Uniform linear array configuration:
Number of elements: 64
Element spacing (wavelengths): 0.75
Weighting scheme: cosine
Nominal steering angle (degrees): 0
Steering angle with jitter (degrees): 0.05838
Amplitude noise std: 0.05
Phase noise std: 0.05

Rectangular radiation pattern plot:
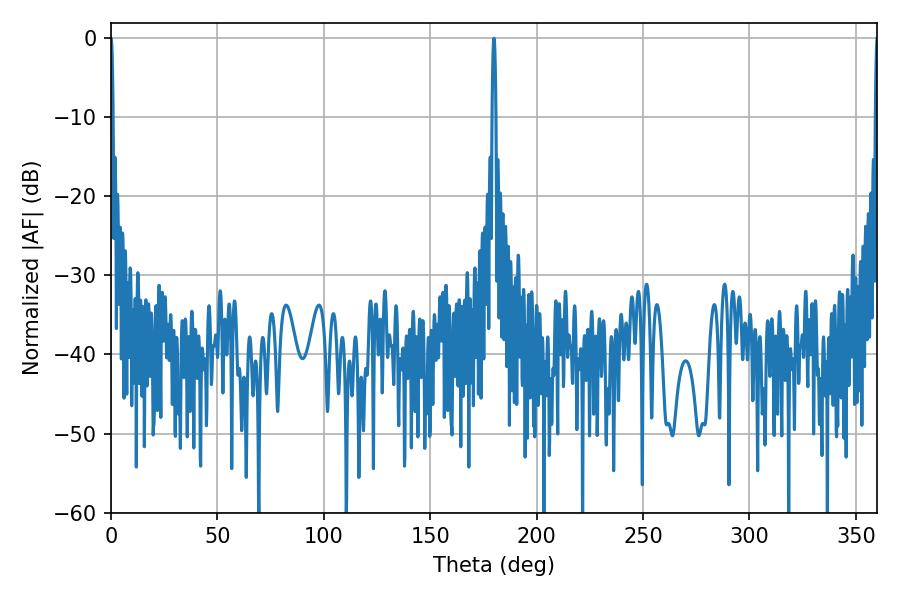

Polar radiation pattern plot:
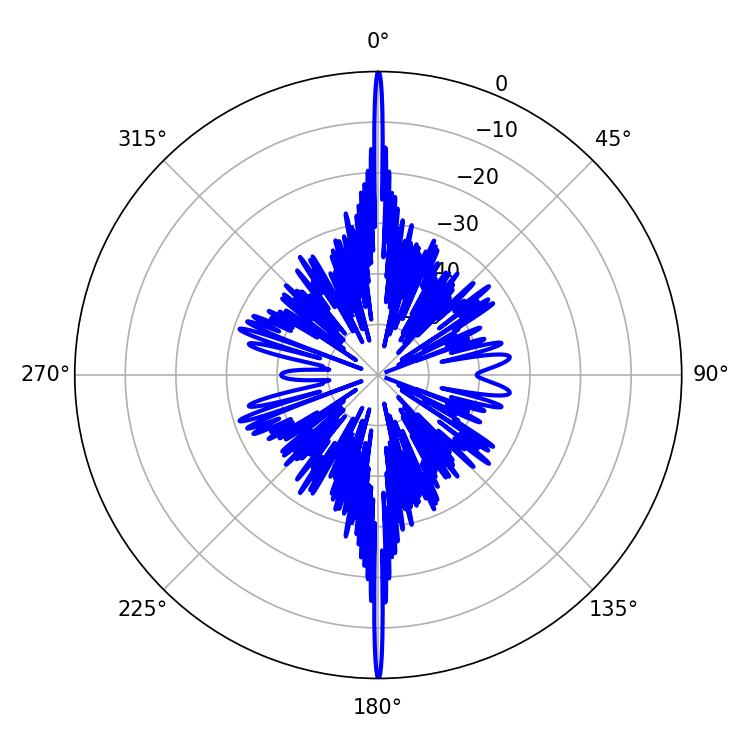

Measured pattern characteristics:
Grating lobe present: TRUE
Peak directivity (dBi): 49.974
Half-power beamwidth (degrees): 0.9
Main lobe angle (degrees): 180